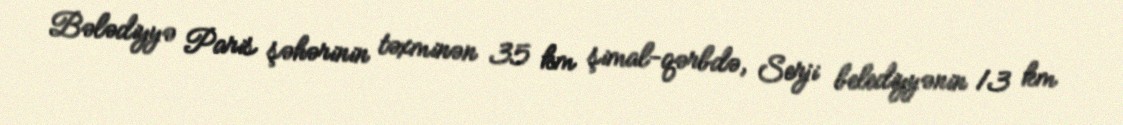
Bələdiyyə Paris şəhərinin təxminən 35 km şimal-qərbdə, Serji belediyyənin 13 km